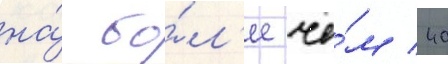
на́ бо́л'ее че́м 40